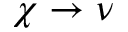
\chi \to \nu